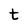
Character: t